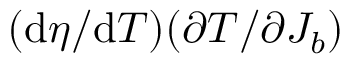
( \mathrm { d } \eta / \mathrm { d } T ) ( \partial T / \partial J _ { b } )